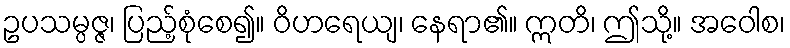
ဥပသမ္ပဇ္ဇ၊ ပြည့်စုံစေ၍။ ဝိဟရေယျ၊ နေရာ၏။ ဣတိ၊ ဤသို့။ အဝေါစ၊